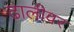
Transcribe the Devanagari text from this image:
ढालीवर